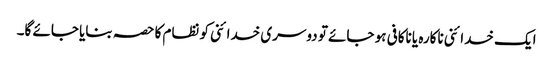
ایک خدائنی ناکارہ یا ناکافی ہو جائے تو دوسری خدائنی کو نظام کا حصہ بنایا جائے گا۔